King Institute of Preventive Medicine Micro-Biological Section reports 1909-11
Year: 1909
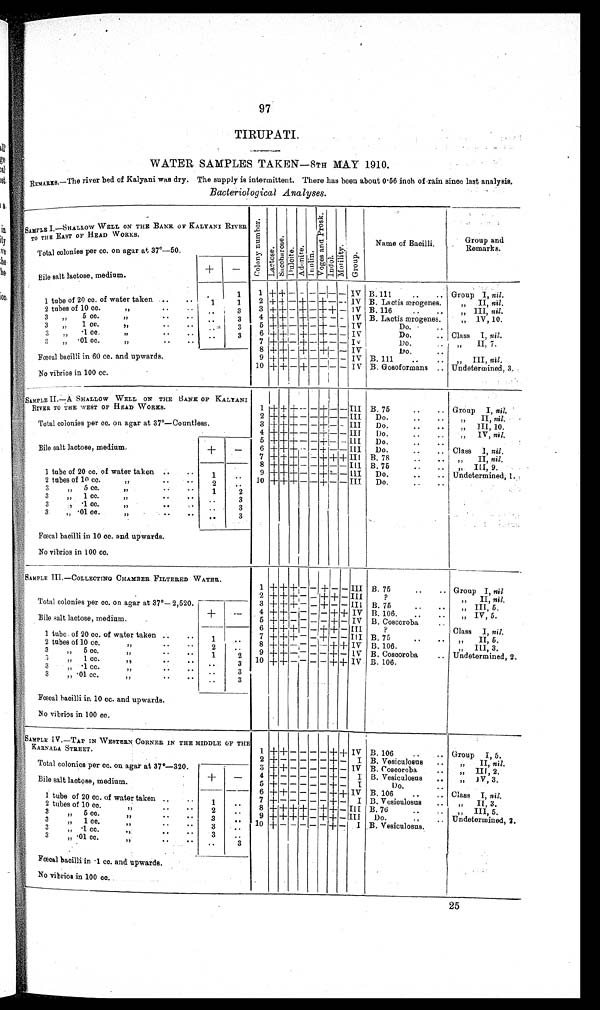
97
TIRUPATI.
WATER SAMPLES TAKEN—8TH MAY 1910.
REMARKS.—The river bed of Kalyani was dry. The supply is intermittent. There has been about 0·56 inch of rain since last analysis.
Bacteriological Analyses.
SAMPLE I.—SHALLOW WELL ON THE BANK OF KALYANI RIVER
TO THE EAST OF HEAD WORKS.
C o l o n y n u m b e r . Lactose.S u c c h a r o s e . Dulcite.Adoni t e.
Lonlin. Vo g e s a n d p r o s k . Indol.Mo t i l i t y . Group.
Name of Bacilli.
Group and
Remarks.
Total colonies per cc. on agar at 37°—50.
Bile salt lactose, medium.
+
−
1
1 + +
−
− − − − − IV B.111. Group I, nil.
1 tubeof 20 cc. of water taken
1
1
2
+
+ −
+
− +
− − IV B. Lactis ærogenes.
„ II, nil.
2 tubes of 10 cc. , ,
3
3 +
+
− + −
+
+ −
IV
B. 116.
„ III, nil.
3,, 5 cc. ,,
3
4 +
+
− + −
+
− − IV B. Lactis rogenes.
„ IV, 10.
3,, 1 cc. ,,
3
5
+ +
−
+
−
+
− −
IV
Do.
3,, ·1 cc. ,,
3
6
+
+
− + −
+
− −
IV
Do. Class I, nil.
3 „ ·01 cc. ,,
7
+ +
−
+ −
+
− −
IV
Do.
„ II, 7.
8 +
+
− + −
+
− −
IV
Do.
Fœcal bacilli in 60 cc. and upwards.
9 +
+
− − − − − − IV B. 111.
,, III, nil.
10 +
+
− + − − − −
IV
B.Gosoformans
Undetermined, 3.
No vibrios in 100 cc.
SAMPLE II.—A SHALLOW WELL ON THE BANS OF KALYANI
RIVER TO THE WEST OF HEAD WORKS.
1 + +
+
− −
+
− −
III
B. 75
Group I, nil.
2 +
+
+ − −
+
− − III
Do.
,, II, nil.
Total colonies per cc. on agar at 37°—Countless.
3 +
+
+ − −
+
− −
III
Do.
„ III, 10.
4 +
+
+
− − + − −
III
Do.
,, IV, nil.
5 +
+
+ − − + − −
III
Do.
Bile salt lactose, medium.
+
–
6 + + +
− −
+
− − III
Do.
Class I, nil.
7
+
+ +
− −
+ + +
III
B. 78
,, II, nil.
8
+
+
+
− − + − − III B. 75
,, III, 9.
1 tube of 20 cc. of water taken
1
9
+ +
+
− −
+
− −
III
Do.
Undetermined, 1.
2 tubes of 10 cc. ,,
2
10 + +
+
− − + − −
III
Do.
3 ,, 5 cc. ,,
1
2
3,, 1 cc. ,,
3
3,,··1 cc. ,,
3
3„ ·01 cc. ,,
3
Fœcal bacilli in 10 cc. and upwards.
No vibrios in 100 cc.
SAMPLE III.—COLLECTING CHAMBER FILTERED WATER.
1 + + +
− −
+ − − III B. 75
Group I, nil
2 + +
+
− − + + − III
?
,, II, nil.
Total colonies per cc. on agar at 37°—2,520.
3 + + + − − + − − III B. 75
„ III, 5.
+
−
4
+
+ − − − − + + IV B. 106.
„ IV, 5.
Bile salt lactose, medium.
5 +
+ − − − − + − IV B,Coscoroba
6 +
+
+
− −
+
+
− III
?
Class I, nil
.
1 tube of 20 cc. of water taken
1
7 + + +
− −
+
−
−
III B. 75
„ II, 5.
2 tubes of 10 cc. ,,
2
8 + + − − − − + + IV B. 106.
,, III, 3.
3 „ 5 cc. ,,
1
2
9 + + − − − − + − IV B.Coscoroba
Undetermined, 2.
3 „ 1 cc. ,,
3
10 + + − − − − + + IV B. 106.
3 „ ·1 cc. ,,
3
3 „ · 0 1 c c . , ,
3
Fœcal bacilli in 10 cc. and upwards.
No vibrios in 100 cc.
SAMPLE IV.—TAP IN WESTERN CORNER IN THE
MIDDLE
OF THE
KARNALA STREET.
1 + + − − − − + +
IV B. 106.
Group I, 5.
2 + − − − − − + −
I B.Vesiculosus
..
„ II, nil.
Total colonies per cc. on agar at 37°—320.
3 +
+
− − − − + − IV B.Coscoroba
„ III, 2.
+
−
4 + − − − − − + −
I B.Vesiculosus
„ IV 3.
Bile salt lactose, medium.
5 + − − − − − + −
I
Do.
6 +
+
− − − − + +
IV B. 106. Class I, nil.
1 tube of 20 cc. of water taken
1
7 + − − − − − + −
I B.Vesiculosus
„ II, 3.
2 tubes of 10 cc
2
8
+
+
+ + − +
+
−
I I I B.76
„ III, 5.
3„
5 cc.
3
9 +
+
+ + − +
+
−
I I I Do
Undetermined, 2.
3„ 1 cc
3
1 0 + − − − − − + −
I B.Vesiculosus.
3„ ·1cc.
3
3„ ·01 cc.
3
Fœcal bacilli in ·1 cc. and upwards.
No vibrios in 100 cc.
25